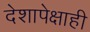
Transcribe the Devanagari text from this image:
देशापेक्षाही